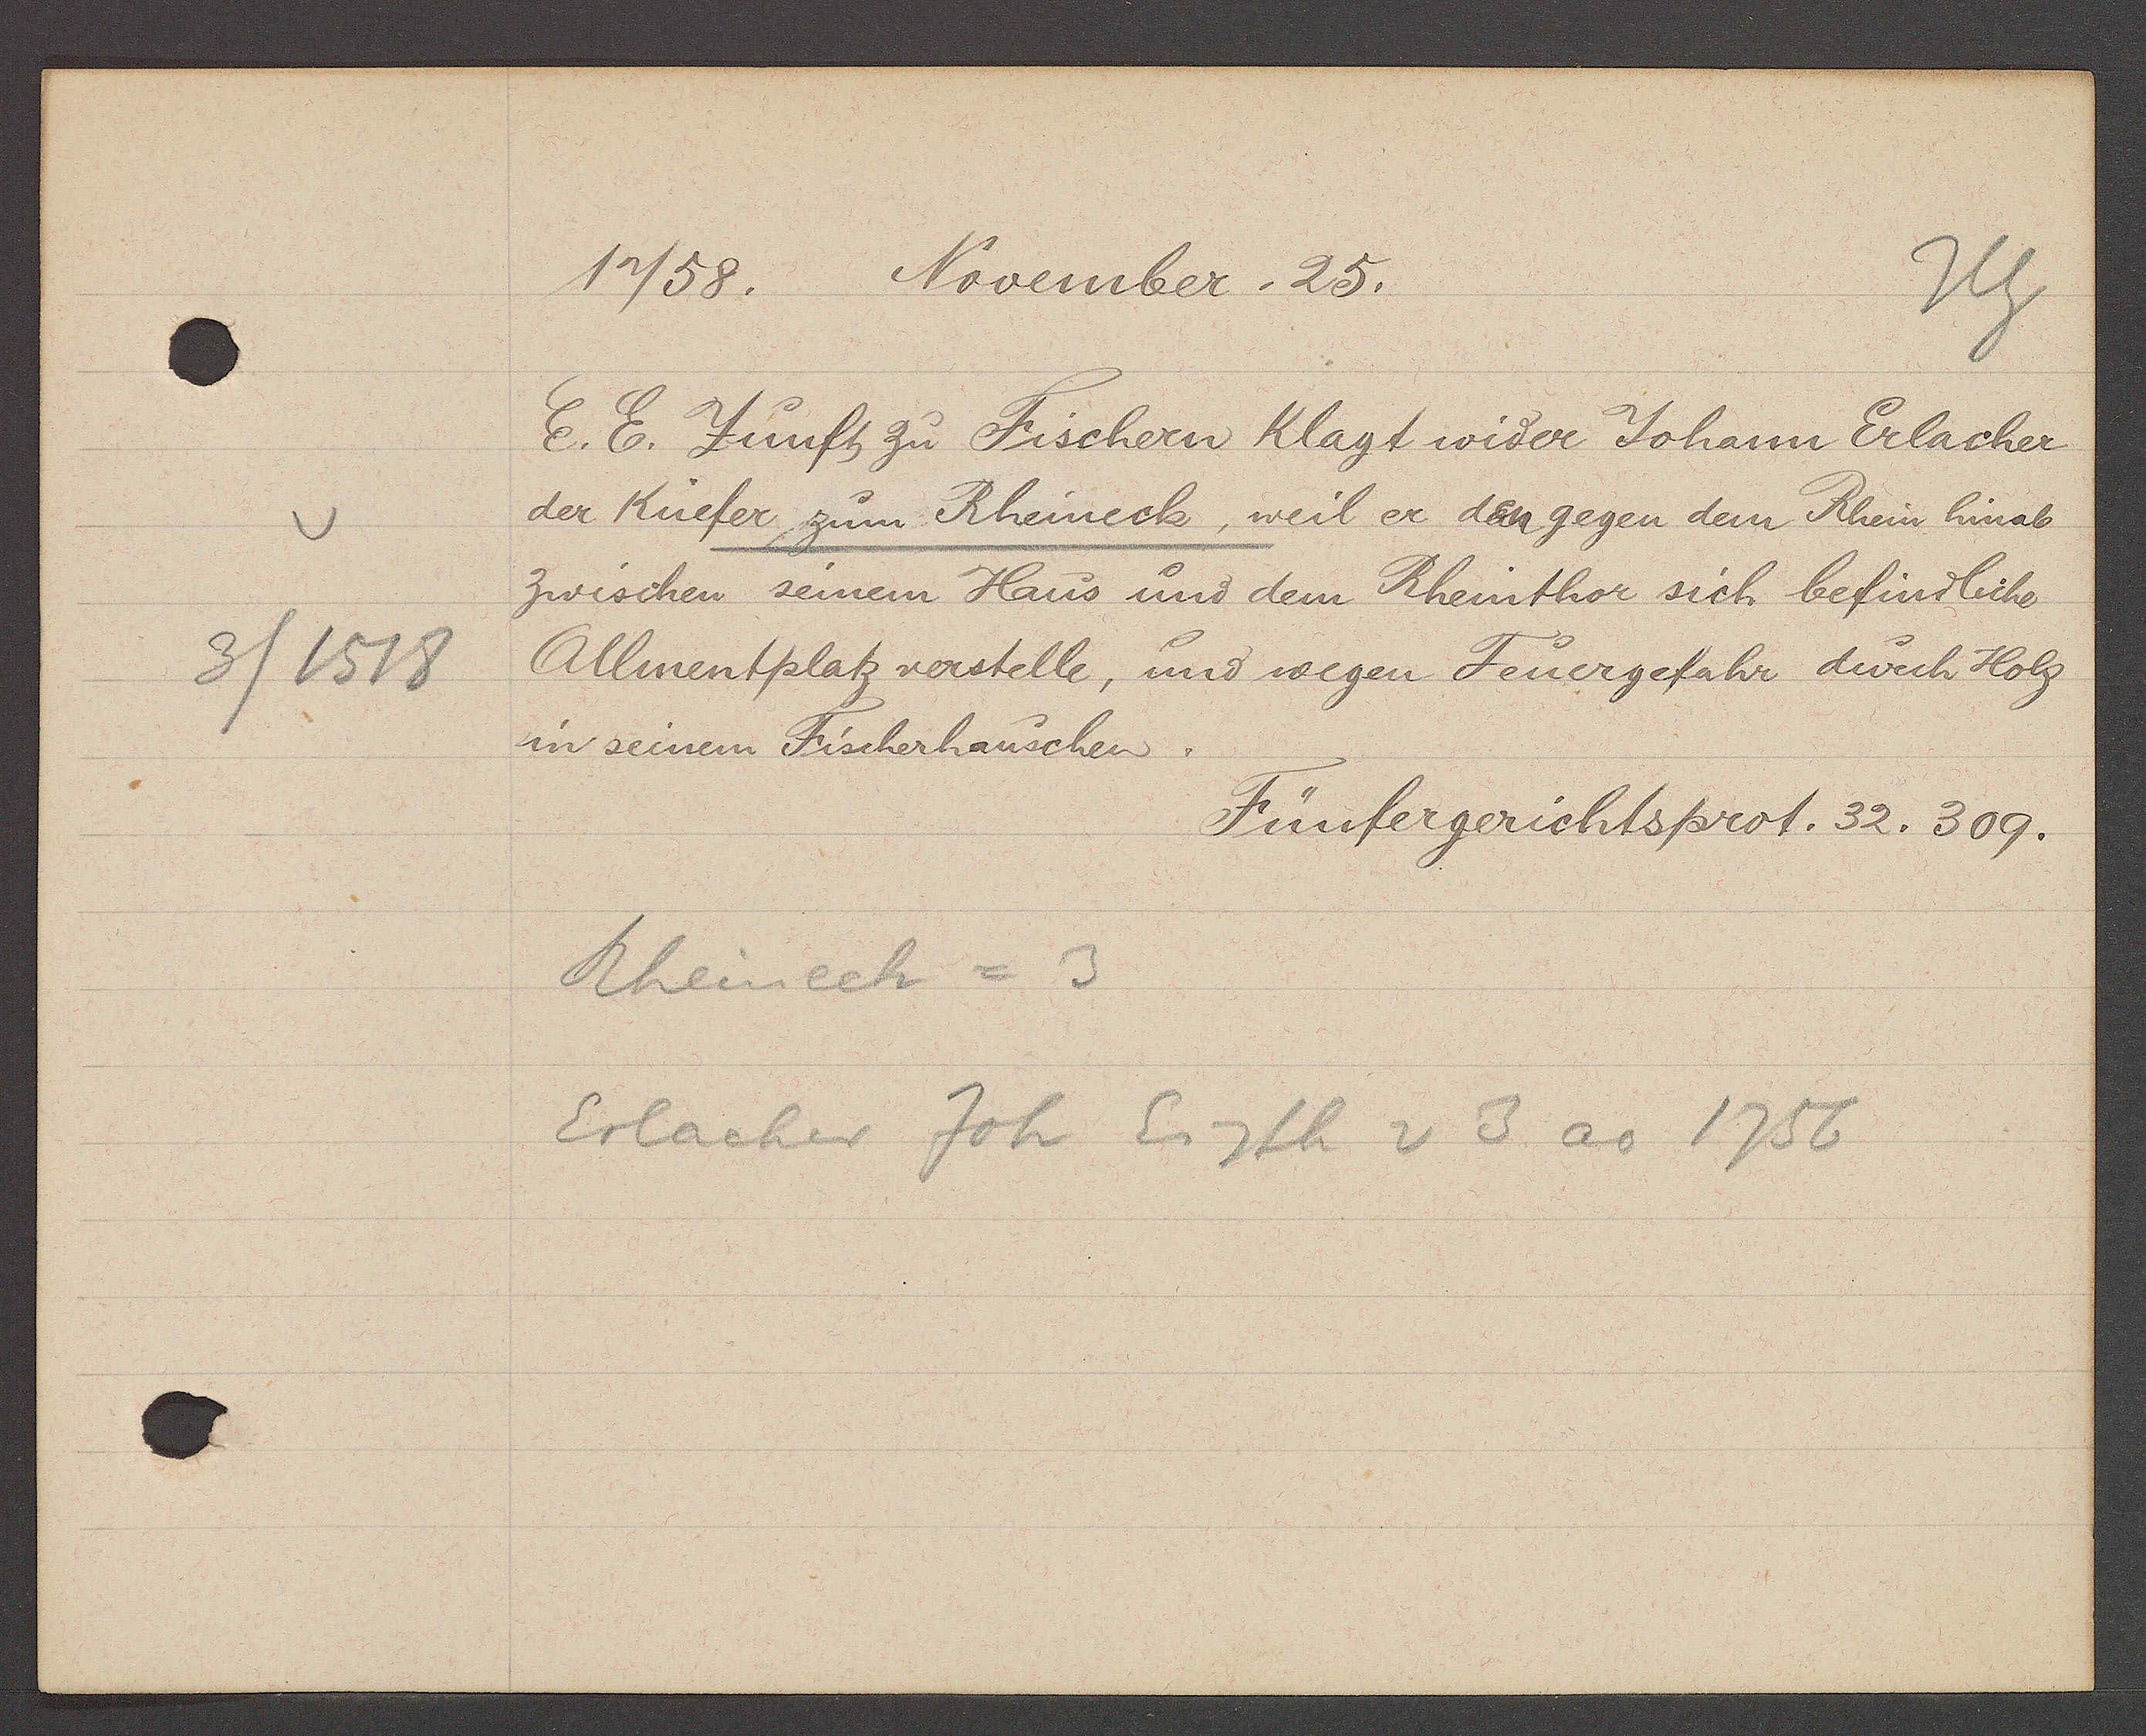
Transcript:
3 / 1518

1758. November. 25.
E. E. Zunft zu Fischern klagt wider Johann Erlacher
der Küefer zum Rheineck, weil er daen gegen dem Rhein hinab
zwischen seinem Haus und dem Rheinthor sich befindliche
Allmentplatz verstelle, und wegen Feuergefahr durch Holz
in seinem Fischerhauschen.
Fünfergerichtsprot. 32. 309.
Rheinech = 3
Erlacher Joh Eigth v 3 ao 1756